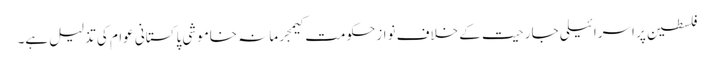
فلسطین پر اسرائیلی جارحیت کے خلاف نوازحکومت کیمجرمانہ خاموشی پاکستانی عوام کی تذلیل ہے۔